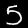
Label: 5